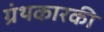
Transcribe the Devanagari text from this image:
ग्रंथकारकी